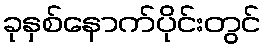
ခုနှစ်နောက်ပိုင်းတွင်